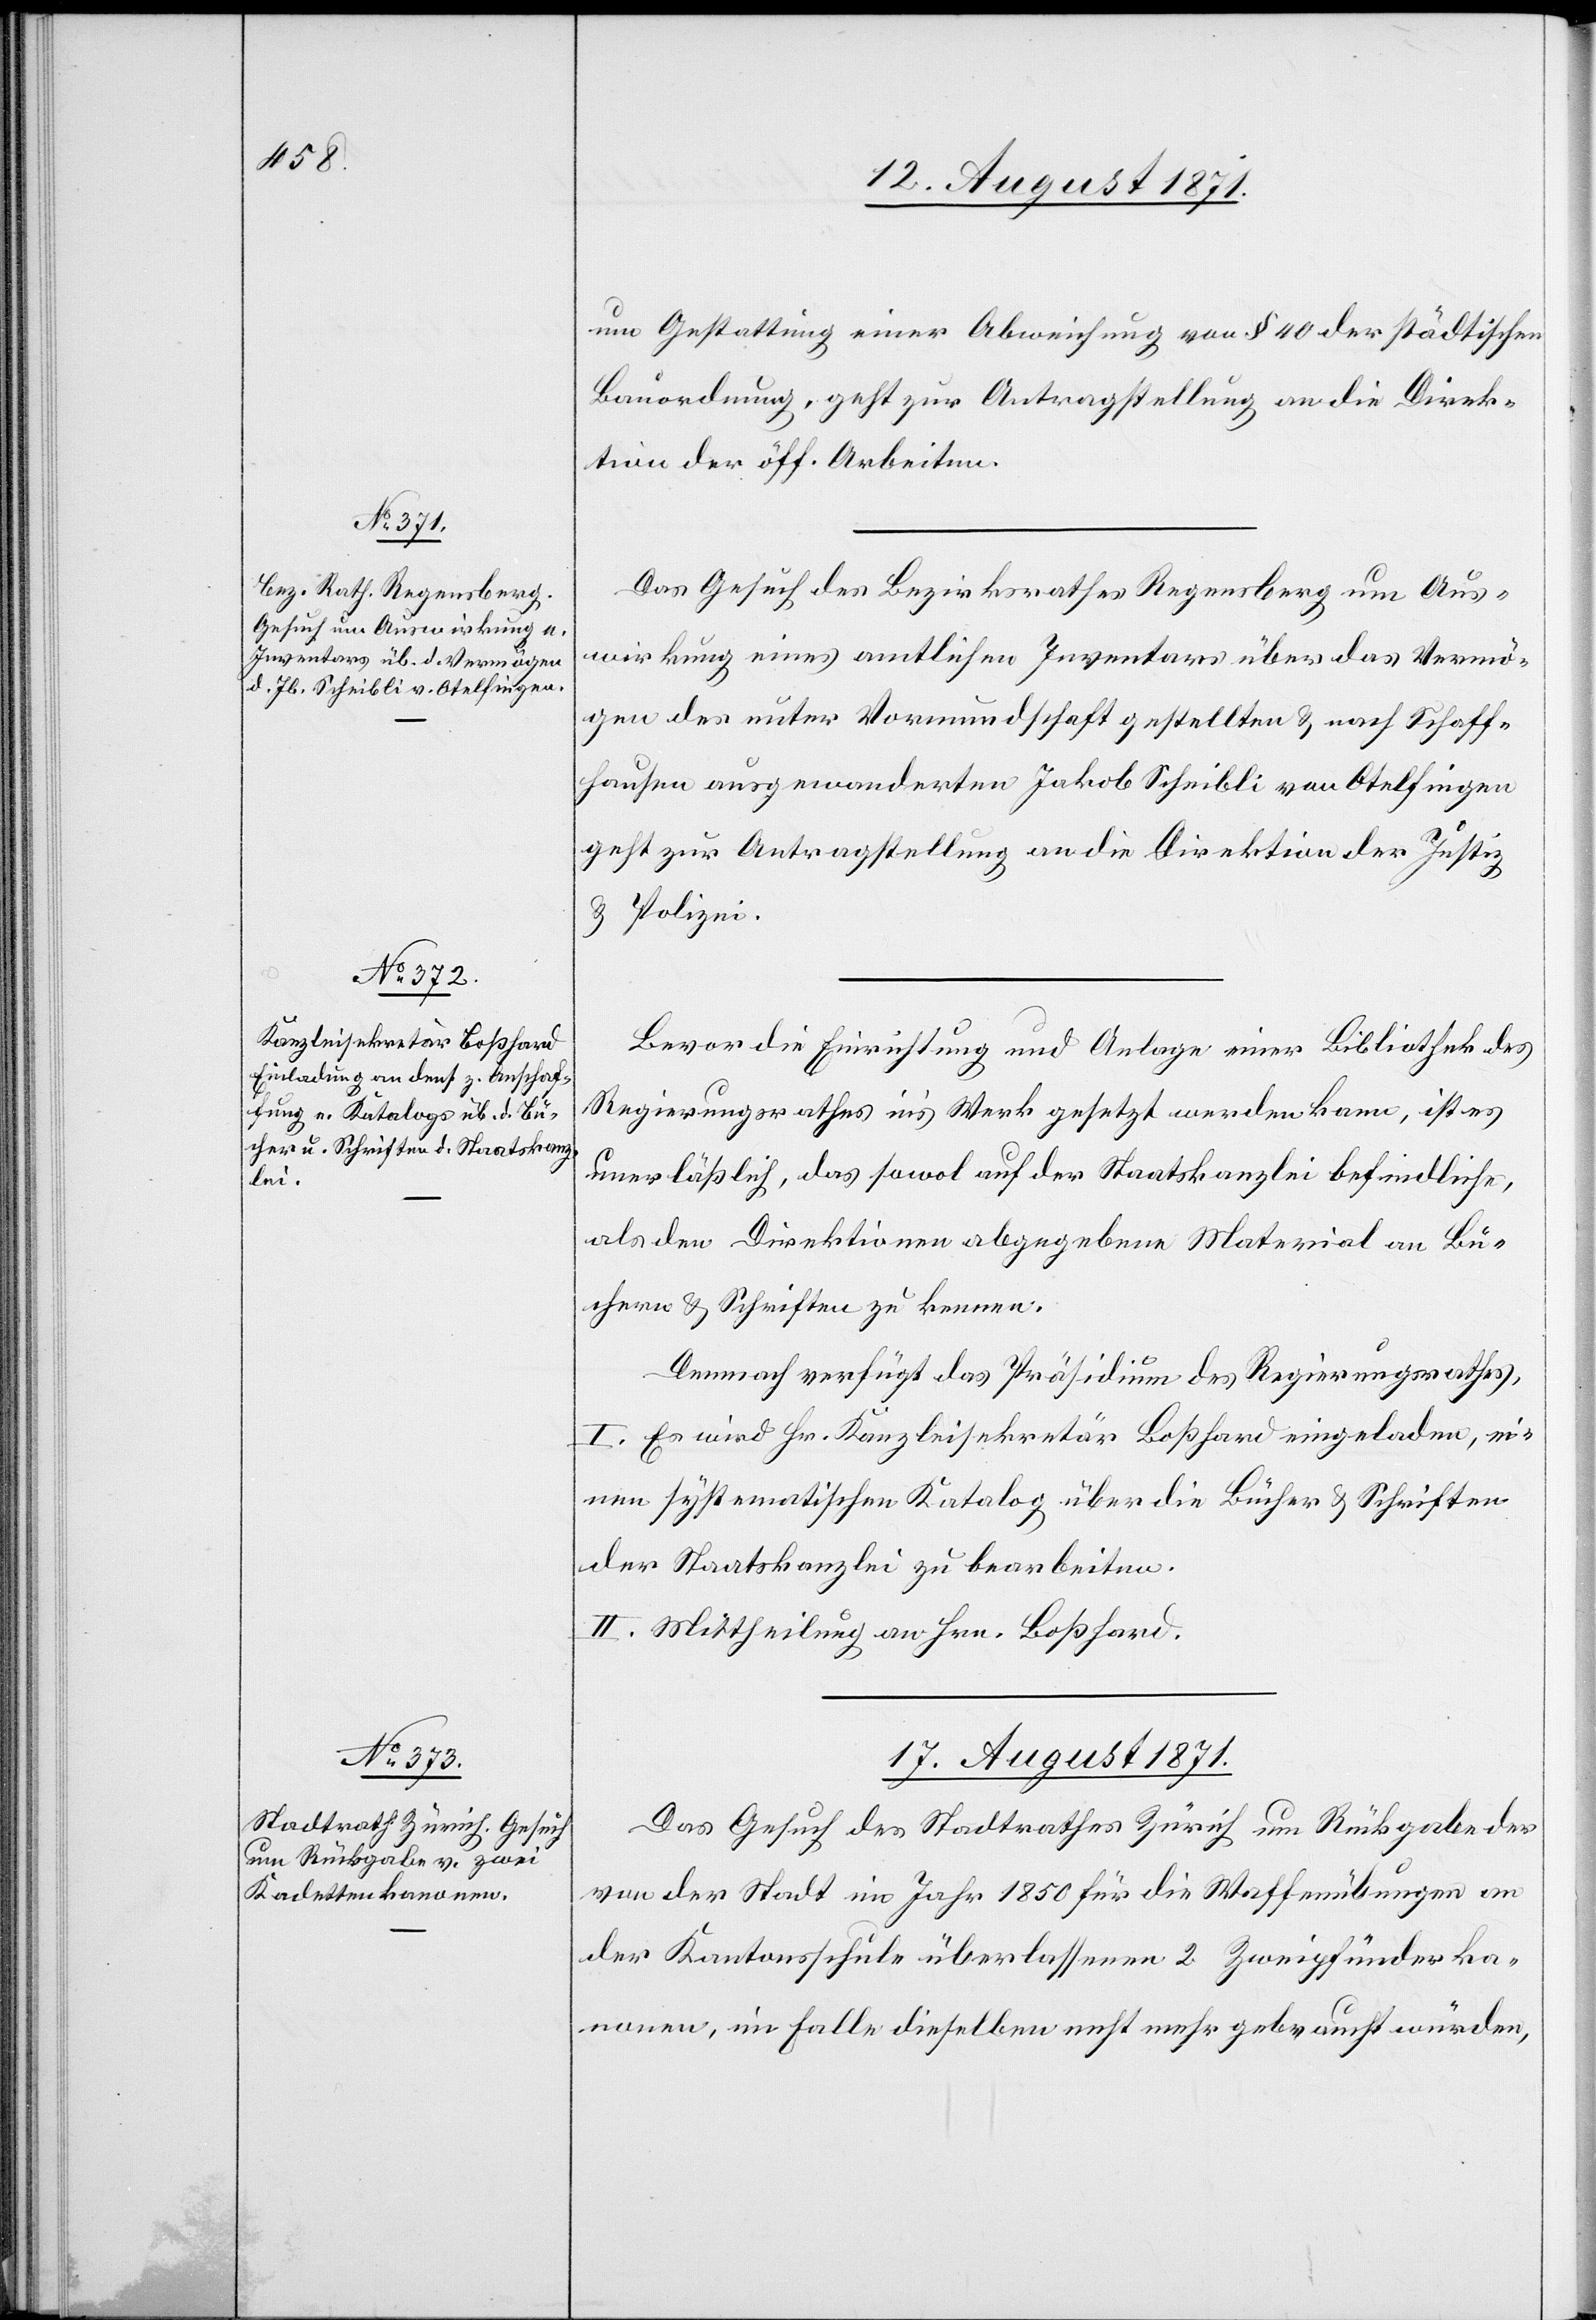
um Gestattung einer Abweichung von § 40 der städtischen
Bauordnung, geht zur Antragstellung an die Direk¬
tion der öff. Arbeiten.
Das Gesuch des Bezirksrathes Regensberg um Aus¬
wirkung eines amtlichen Inventars über das Vermö¬
gen des unter Vormundschaft gestellten & nach Schaff¬
hausen ausgewanderten Jakob Scheibli von Otelfingen
geht zur Antragstellung an die Direktion der Justiz
& Polizei.
Bevor die Einrichtung und Anlage einer Bibliothek des
Regierungsrathes ins Werk gesetzt werden kann, ist es
unerlässlich, das sowol auf der Staatskanzlei befindliche,
als den Direktionen abgegebene Material an Bü¬
chern & Schriften zu kennen.
Demnach verfügt das Präsidium des Regierungsrathes:
I. Es wird Hr. Kanzleisekretär Boßhard eingeladen, ei¬
nen systematischen Katalog über die Bücher & Schriften
der Staatskanzlei zu bearbeiten.
II. Mittheilung an Hrn. Boßhard.
17. August 1871.
Das Gesuch des Stadtrathes Zürich um Rückgabe der
von der Stadt im Jahr 1850 für die Waffenübungen an
der Kantonsschule überlassenen 2 Zweipfünderka¬
nonen, im Falle dieselben nicht mehr gebraucht würden,